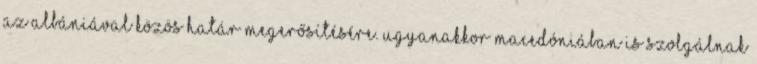
az Albániával közös határ megerősítésére. Ugyanakkor Macedóniában is szolgálnak